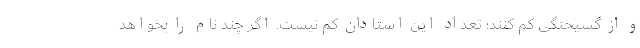
و از گسیختگی کم کنند؛ تعداد این استادان کم نیست. اگر چند نام را بخواهد